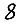
Digit: 8